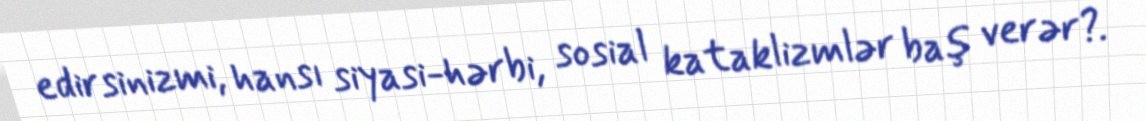
edirsinizmi, hansı siyasi-hərbi, sosial kataklizmlər baş verər?.